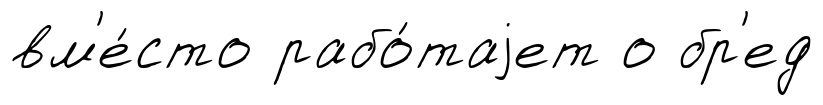
вм'е́сто рабо́таjет о бр'ед